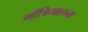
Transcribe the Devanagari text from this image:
माँत्रियालचा